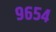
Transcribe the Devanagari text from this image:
९६५४